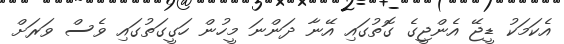
އެކަމަކު ޑީޖޭ އެންޖީގެ ގޮތުގައި އޭނާ ދަންނަ މީހުން ހަގީގަތުގައި ވެސް ވަރަށް